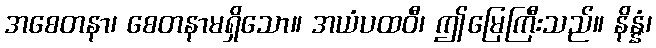
အစေတနာ၊ စေတနာမရှိသော။ အယံပထဝီ၊ ဤမြေကြီးသည်။ နိန္နံ၊